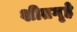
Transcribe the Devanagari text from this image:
शीतगृहे